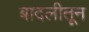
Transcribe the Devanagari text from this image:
बादलीतून